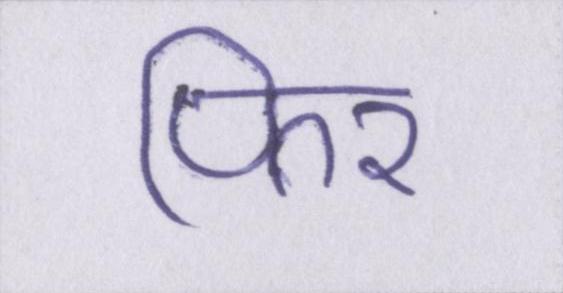
फिर